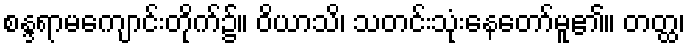
စန္ဒရာမကျောင်းတိုက်၌။ ဝိယာသိ၊ သတင်းသုံးနေတော်မူ၏။ တတ္ထ၊